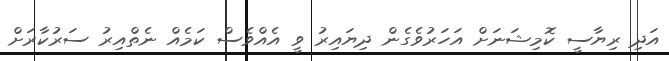
އަދި ރިޔާސީ ކޮމިޝަނަށް އަހަރުވެގެން ދިޔައިރު ވީ އެއްވެސް ކަމެއް ނެތްއިރު ސަރުކާރަށް